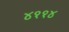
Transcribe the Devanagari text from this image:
४११४